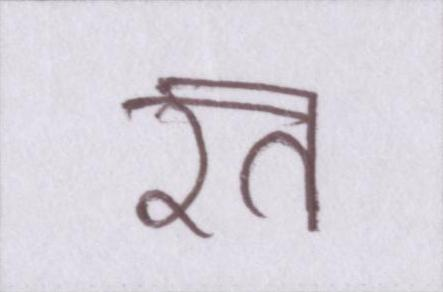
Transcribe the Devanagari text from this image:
रत